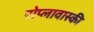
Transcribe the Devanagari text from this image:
पोप्लावास्की